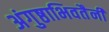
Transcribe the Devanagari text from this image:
अंगुष्ठाभिवतैनी